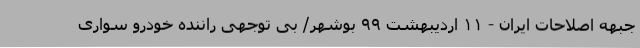
جبهه اصلاحات ایران - ۱۱ اردیبهشت ۹۹ بوشهر/ بی توجهی راننده خودرو سواری